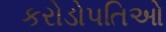
કરોડોપતિઓ